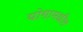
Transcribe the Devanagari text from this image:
योगामधील